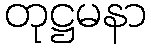
တုဋ္ဌမနာ